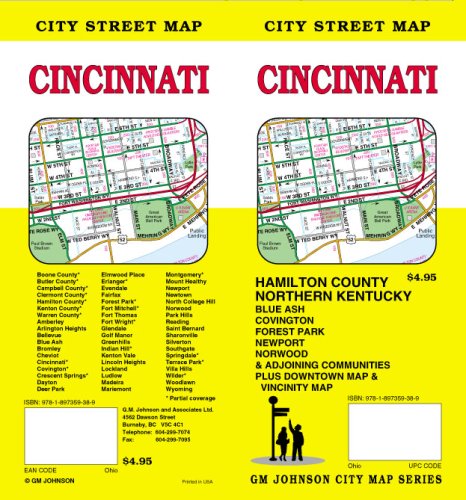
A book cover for Cincinnati OH Street Map; GM Johnson & Associates Ltd.; Travel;